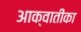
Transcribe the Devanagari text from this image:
आक्वातीका